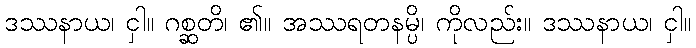
ဒဿနာယ၊ ငှါ။ ဂစ္ဆတိ၊ ၏။ အဿရတနမ္ပိ၊ ကိုလည်း။ ဒဿနာယ၊ ငှါ။